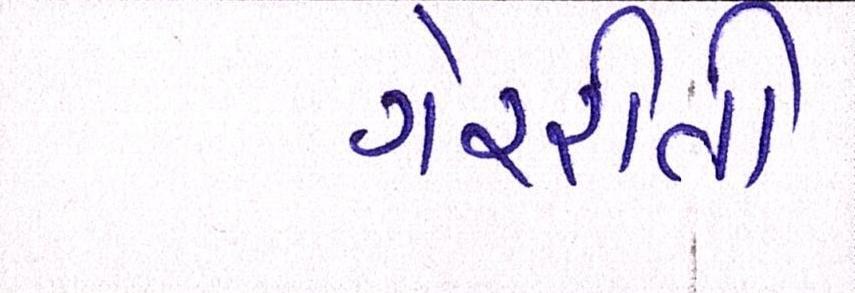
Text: ગેરરીતી